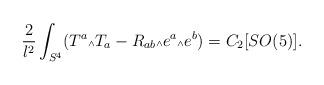
LaTeX: \begin{align*}\frac{2}{l^2} \int_{S^4} (T^a \mbox{\tiny $\wedge$} T_a - R_{ab}\mbox{\tiny $\wedge$} e^a\mbox{\tiny $\wedge$} e^b) = C_2[SO(5)].\end{align*}